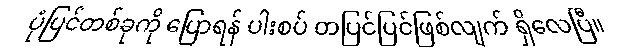
ပုံပြင်တစ်ခုကို ပြောရန် ပါးစပ် တပြင်ပြင်ဖြစ်လျက် ရှိလေပြီ။